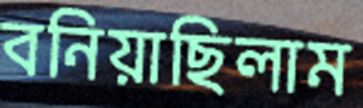
বনিয়াছিলাম